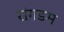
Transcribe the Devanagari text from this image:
रांगडम